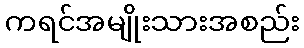
ကရင်အမျိုးသားအစည်း